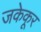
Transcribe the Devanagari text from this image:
जकेकूर